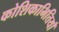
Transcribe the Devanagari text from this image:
कोशिकाभित्तियाँ